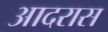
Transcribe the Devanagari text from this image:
आदरास